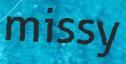
missy